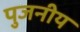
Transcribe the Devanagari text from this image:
पुजनीय